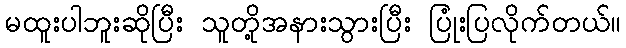
မထူးပါဘူးဆိုပြီး သူတို့အနားသွားပြီး ပြုံးပြလိုက်တယ်။